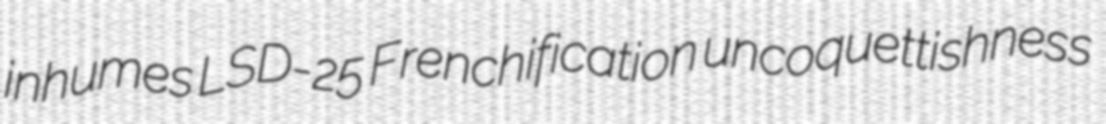
inhumes LSD-25 Frenchification uncoquettishness